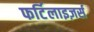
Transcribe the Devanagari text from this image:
फर्टिलाइज़र्स